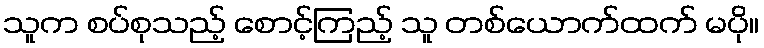
သူက စပ်စုသည့် စောင့်ကြည့် သူ တစ်ယောက်ထက် မပို။